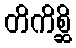
တိကိစ္ဆိ